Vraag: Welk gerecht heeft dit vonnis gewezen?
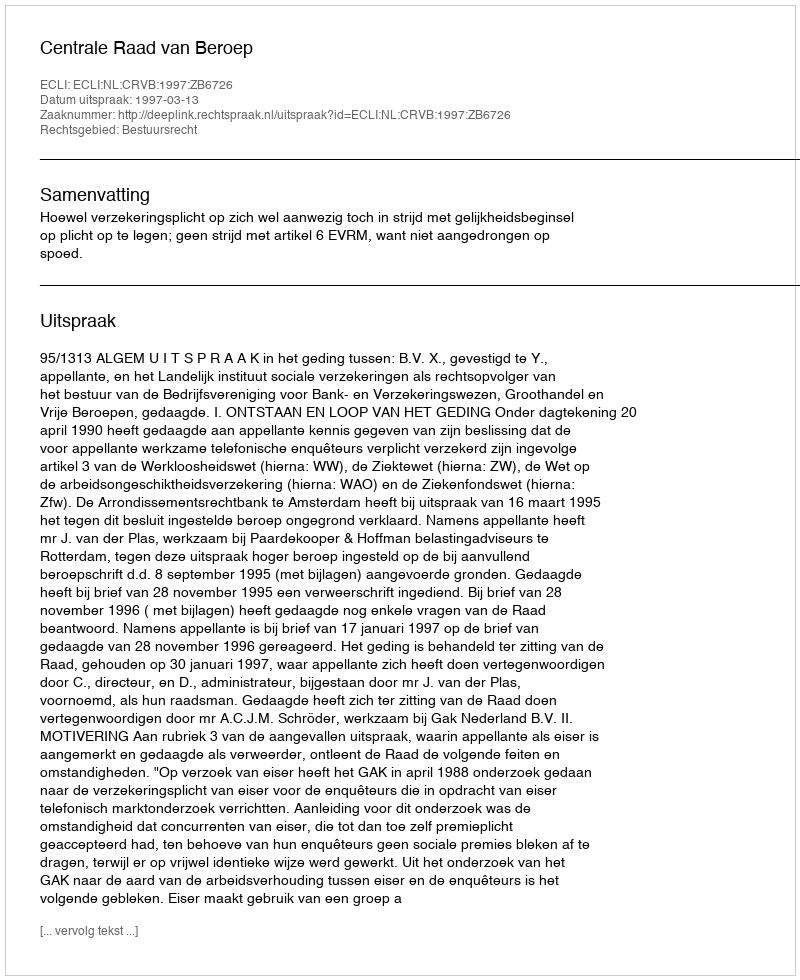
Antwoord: Centrale Raad van Beroep